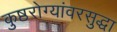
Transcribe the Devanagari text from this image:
कुष्ठरोग्यांवरसुद्धा